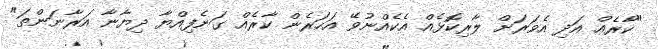
"ކާރެއް އަދި އެވަރަށް ލާރިކޮޅެއް އެކެއްނުވޭ އަހަރެން ކާރެއް ގަނެފިއްޔާ ދިޔާނާ އަރާނަންތަ"